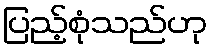
ပြည့်စုံသည်ဟု